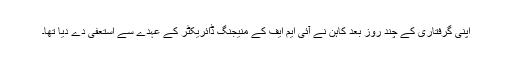
اپنی گرفتاری کے چند روز بعد کاہن نے آئی ایم ایف کے منیجنگ ڈائریکٹر کے عہدے سے استعفیٰ دے دیا تھا۔